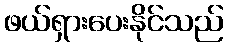
ဖယ်ရှားပေးနိုင်သည်